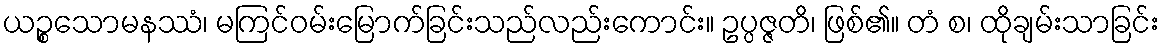
ယဉ္စသောမနဿံ၊ မကြင်ဝမ်းမြောက်ခြင်းသည်လည်းကောင်း။ ဥပ္ပဇ္ဇတိ၊ ဖြစ်၏။ တံ စ၊ ထိုချမ်းသာခြင်း